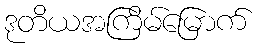
ဒုတိယအကြိမ်မြောက်